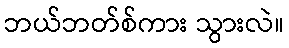
ဘယ်ဘတ်စ်ကား သွားလဲ။